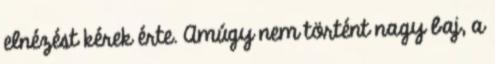
elnézést kérek érte. Amúgy nem történt nagy baj, a